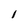
Character: 1